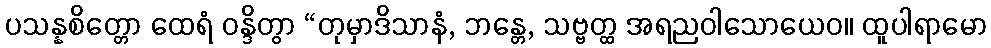
ပသန္နစိတ္တော ထေရံ ဝန္ဒိတွာ “တုမှာဒိသာနံ, ဘန္တေ, သဗ္ဗတ္ထ အရညဝါသောယေဝ။ ထူပါရာမော